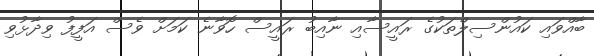
ބާއްވައި ކައުންސިލްތަކުގެ ރައީސާއި ނާއިބު ރައީސް ހޮވާނެ ކަމަށް ވެސް އަފީފު ވިދާޅުވި